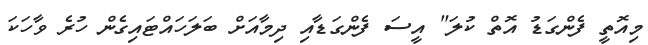
މިއޮތީ ފެންގަޑު އޮތް ކުލަ" އީސަ ފެންގަޑާއި ދިމާއަށް ބަލަހައްޓައިގެން ހުރެ ވާހަކަ